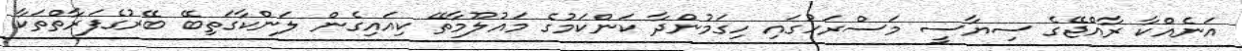
އަނެއްކާ ރާއްޖޭގެ ސިޔާސީ މަސްރަހުގައި ހިގަމުންދާ ކަންކަމުގެ މައުލޫމާތޭ ކިއައިގެން ލަންކާގަތިބޭ ބޭރުގެފަރާތްތަކާ